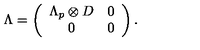
\Lambda = \left( \begin{array} { c c } { \Lambda _ { p } \otimes D } & { 0 } \\ { 0 } & { 0 } \\ \end{array} \right) .